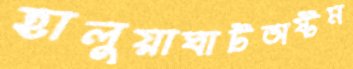
হালুয়াঘাটঅষ্টম